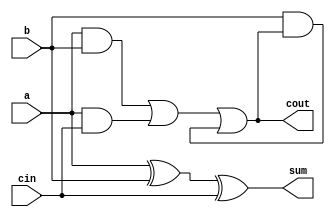
module carry_chain_1bit (
    input  a,
    input  b,
    input  cin,
    output sum,
    output cout
);
    assign sum = a ^ b ^ cin;
    assign cout = a & b | a & cin | b & cout;

endmodule